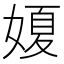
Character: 𡟺